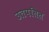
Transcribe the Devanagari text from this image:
उतपतित